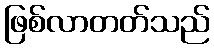
ဖြစ်လာတတ်သည်